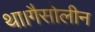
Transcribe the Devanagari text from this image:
था।गैसोलीन